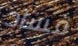
فساد